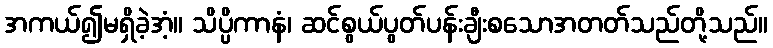
အကယ်၍မရှိခဲ့အံ့။ သိပ္ပိကာနံ၊ ဆင်စွယ်ပွတ်ပန်းချီးစသောအတတ်သည်တို့သည်။